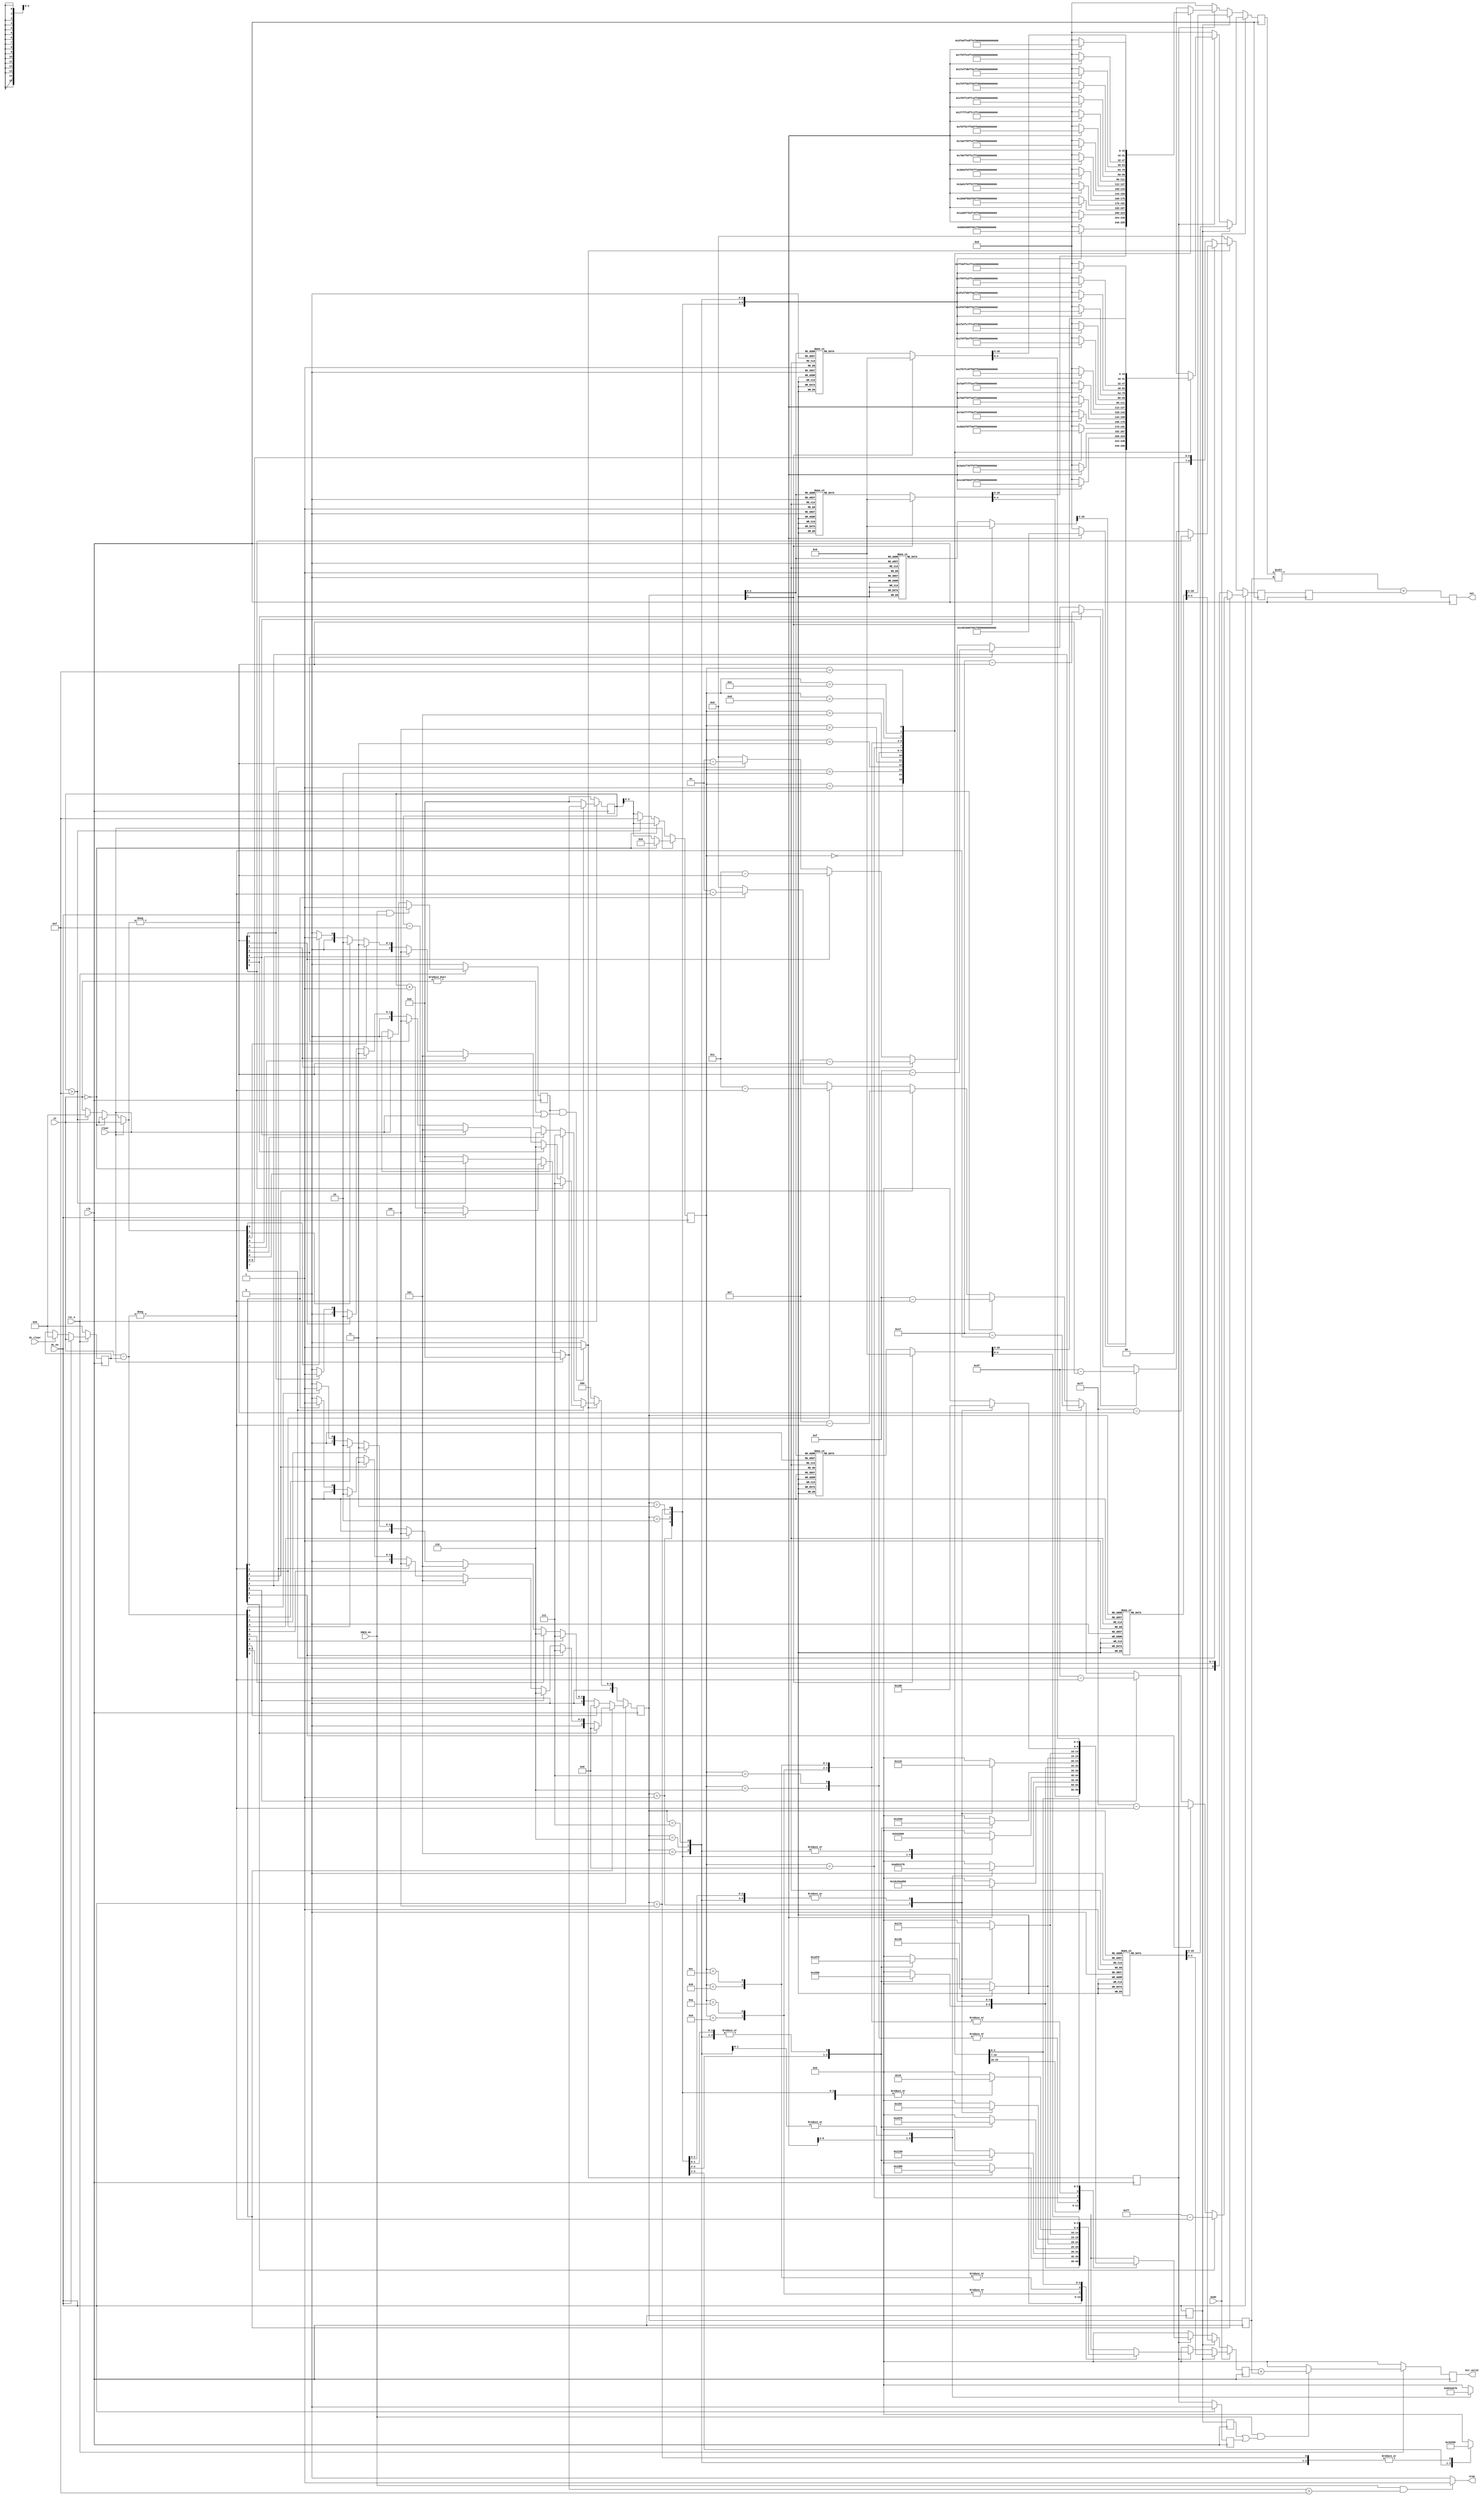
module encoder #(
parameter IN_WIDTH = 8
)
(
input clk,
input rst_n,
input dc_en,
input clear,
input mode,
input signed [IN_WIDTH-1:0] in,
input ENCO_en,
input dc_clear,
output reg [23-1:0] out,
output reg [4:0] bit_valid,
output reg stop
);

reg signed [IN_WIDTH-1:0] pre_dc, n_dc;
reg [5:0] ac_cnt, n_ac_cnt;
reg [3:0] ac_cnt_sel;
reg [3:0] ac_cnt_sel_d;
reg signed [IN_WIDTH-1:0] ac_value, ac_value_neg; //(ac_cnt, ac_value)
reg ac_en;
reg ac_valid, nac_valid;
reg ac_en_d, ac_en_d2, dc_en_d, dc_en_d2;
reg signed [IN_WIDTH+1-1:0] dc_diff, dc_diff_neg;
reg [4:0] len1, len1_d;
reg [3:0] len2, len2_d, len2_d2;
reg [15:0] code1, code1_d;
reg [8:0] code2, code2_d, code2_d2;

reg [23-1:0] out_nx;
reg [4:0] bit_valid_nx;

always @(posedge clk) begin
  code1_d <= code1;
  code2_d <= code2;
  code2_d2 <= code2_d;
  len1_d <= len1;
  len2_d <= len2;
  len2_d2 <= len2_d;
  ac_en_d  <= ac_en;
  ac_en_d2 <= ((dc_en) ? 0 : ac_en_d);
  dc_en_d <= dc_en;
  dc_en_d2 <= dc_en_d;
  out <= out_nx;
  ac_cnt_sel_d <= ac_cnt_sel;
end

always @(posedge clk) begin
  if(~rst_n) begin
    pre_dc    <= 0;
    ac_cnt    <= 0;
    bit_valid <= 0;
    ac_valid  <= 0;
  end
  else begin
    pre_dc    <= n_dc;
    ac_cnt    <= (ENCO_en) ? n_ac_cnt : 0;
    bit_valid <= bit_valid_nx;
    ac_valid  <= nac_valid;
  end
end

always @* 
begin
  if (ENCO_en && dc_en)
    nac_valid = 1;
  else if (clear)
    nac_valid = 0;
  else
    nac_valid = ac_valid;
end

always @(*) begin
  if(dc_en) begin
    n_dc = in;
  end 
  else if (dc_clear) begin
    n_dc = 0;
  end
  else begin
    n_dc = pre_dc;
  end
end

always @*
begin
  if (ENCO_en && n_ac_cnt > 15) begin
    stop = 1;
  end
  else begin
    stop = 0;
  end
end

always @*
begin
  if (ac_valid && (in != 0 || clear))
    ac_en = 1;
  else
    ac_en = 0;
end

/*always @*
begin
  if (ENCO_en) begin
    if (!dc_en && (in != 0 || clear)) begin
      ac_en = 1;
    end
    else begin
      ac_en = 0;
    end
  end
  else begin
    ac_en = 0;
  end
end*/

always @(*) begin
  if(clear) begin
    n_ac_cnt = 0;
    ac_value = in;
    if(in == 0) begin
      ac_cnt_sel = 0;
    end
    else begin
      ac_cnt_sel = ac_cnt[3:0];
    end
  end 
  else begin
    if(in == 0) begin
      ac_value = in;
      n_ac_cnt = (dc_en) ? 0 : ac_cnt + 1;
      ac_cnt_sel = ac_cnt[3:0];
    end
    else begin
      if(ac_cnt > 15) begin
        ac_value = 0;
        n_ac_cnt = ac_cnt - 15;
        ac_cnt_sel = 15;
      end
      else begin
        ac_value = in;
        n_ac_cnt = 0;
        ac_cnt_sel = ac_cnt[3:0];
      end
    end
  end
end

always @(*) begin
  dc_diff = in - pre_dc;
  dc_diff_neg = -dc_diff;
  ac_value_neg = -ac_value;

  if(dc_en) begin
    if(dc_diff[8]) begin
      if(dc_diff_neg[7]) begin
        len2 = 8;
        code2 = 255 - dc_diff_neg;
      end
      else if(dc_diff_neg[6]) begin
        len2 = 7;
        code2 = 127 - dc_diff_neg;
      end
      else if(dc_diff_neg[5]) begin 
        len2 = 6;
        code2 = 63 - dc_diff_neg;
      end
      else if(dc_diff_neg[4]) begin
        len2 = 5;
        code2 = 31 - dc_diff_neg;
      end
      else if(dc_diff_neg[3]) begin 
        len2 = 4;
        code2 = 15 - dc_diff_neg;
      end
      else if(dc_diff_neg[2]) begin 
        len2 = 3;
        code2 = 7 - dc_diff_neg;
      end
      else if(dc_diff_neg[1]) begin 
        len2 = 2;
        code2 = 3 - dc_diff_neg;
      end
      else if(dc_diff_neg[0]) begin
        len2 = 1;
        code2 = 1 - dc_diff_neg;
      end
      else begin
        len2 = 0;
        code2 = 0;
      end
    end
    else begin
      code2 = dc_diff;
      if(dc_diff[7]) len2 = 8;
      else if(dc_diff[6]) len2 = 7;
      else if(dc_diff[5]) len2 = 6;
      else if(dc_diff[4]) len2 = 5;
      else if(dc_diff[3]) len2 = 4;
      else if(dc_diff[2]) len2 = 3;
      else if(dc_diff[1]) len2 = 2;
      else if(dc_diff[0]) len2 = 1;
      else len2 = 0;
    end
  end
  else if(ac_en) begin
    if(ac_value[IN_WIDTH-1]) begin
      if(ac_value_neg[6]) begin
        len2 = 7;
        code2 = 127 - ac_value_neg;
      end
      else if(ac_value_neg[5]) begin 
        len2 = 6;
        code2 = 63 - ac_value_neg;
      end
      else if(ac_value_neg[4]) begin
        len2 = 5;
        code2 = 31 - ac_value_neg;
      end
      else if(ac_value_neg[3]) begin 
        len2 = 4;
        code2 = 15 - ac_value_neg;
      end
      else if(ac_value_neg[2]) begin 
        len2 = 3;
        code2 = 7 - ac_value_neg;
      end
      else if(ac_value_neg[1]) begin 
        len2 = 2;
        code2 = 3 - ac_value_neg;
      end
      else if(ac_value_neg[0]) begin
        len2 = 1;
        code2 = 1 - ac_value_neg;
      end
      else begin
        len2 = 0;
        code2 = 0;
      end
    end
    else begin
      code2 = ac_value;
      if(ac_value[6]) len2 = 7;
      else if(ac_value[5]) len2 = 6;
      else if(ac_value[4]) len2 = 5;
      else if(ac_value[3]) len2 = 4;
      else if(ac_value[2]) len2 = 3;
      else if(ac_value[1]) len2 = 2;
      else if(ac_value[0]) len2 = 1;
      else len2 = 0;
    end
  end
  else begin
    code2 = 0;
    len2 = 0;
  end

  if(mode) begin
    if(dc_en_d) begin
      case(len2_d)  // synopsys parallel_case
        4'd0: begin
          len1 = 2;
          code1 = 15'b000000000000000;
        end
        4'd1: begin
          len1 = 3;
          code1 = 15'b000000000000010;
        end
        4'd2: begin
          len1 = 3;
          code1 = 15'b000000000000011;
        end
        4'd3: begin
          len1 = 3;
          code1 = 15'b000000000000100;
        end
        4'd4: begin
          len1 = 3;
          code1 = 15'b000000000000101;
        end
        4'd5: begin
          len1 = 3;
          code1 = 15'b000000000000110;
        end
        4'd6: begin
          len1 = 4;
          code1 = 15'b000000000001110;
        end
        4'd7: begin
          len1 = 5;
          code1 = 15'b000000000011110;
        end
        4'd8: begin
          len1 = 6;
          code1 = 15'b000000000111110;
        end
        default: begin
          len1 = 0;
          code1 = 15'b000000000111111;
        end
      endcase
    end
    else if(ac_en_d) begin
      case(ac_cnt_sel_d)  // synopsys parallel_case
        0 : begin
          case(len2_d)
            0: begin
              len1 = 4;
              code1 = 16'b0000_0000_0000_1010;
            end
            1: begin
              len1 = 2;
              code1 = 16'b0000_0000_0000_0000;
            end
            2: begin
              len1 = 2;
              code1 = 16'b0000_0000_0000_0001;
            end
            3: begin
              len1 = 3;
              code1 = 16'b0000_0000_0000_0100;
            end
            4: begin
              len1 = 4;
              code1 = 16'b0000_0000_0000_1011;
            end
            5: begin
              len1 = 5;
              code1 = 16'b0000_0000_0001_1010;
            end
            6: begin
              len1 = 7;
              code1 = 16'b0000_0000_0111_1000;
            end
            7: begin
              len1 = 8;
              code1 = 16'b0000_0000_1111_1000;
            end
            default: begin
              len1 = 0;
              code1 = 0;
            end
          endcase
        end
        1 : begin
          case(len2_d)
            1: begin
              len1 = 4;
              code1 = 16'b0000_0000_0000_1100;
            end
            2: begin
              len1 = 5;
              code1 = 16'b0000_0000_0001_1011;
            end
            3: begin
              len1 = 7;
              code1 = 16'b0000_0000_0111_1001;
            end
            4: begin
              len1 = 9;
              code1 = 16'b0000_0001_1111_0110;
            end
            5: begin
              len1 = 11;
              code1 = 16'b0000_0111_1111_0110;
            end
            6: begin
              len1 = 16;
              code1 = 16'b1111_1111_1000_0100;
            end
            7: begin
              len1 = 16;
              code1 = 16'b1111_1111_1000_0101;
            end
            default: begin
              len1 = 0;
              code1 = 0;
            end
          endcase
        end
        2 : begin
          case(len2_d)
            1: begin
              len1 = 5;
              code1 = 16'b0000_0000_0001_1100;
            end
            2: begin
              len1 = 8;
              code1 = 16'b0000_0000_1111_1001;
            end
            3: begin
              len1 = 10;
              code1 = 16'b0000_0011_1111_0111;
            end
            4: begin
              len1 = 12;
              code1 = 16'b0000_1111_1111_0100;
            end
            5: begin
              len1 = 16;
              code1 = 16'b1111_1111_1000_1001;
            end
            6: begin
              len1 = 16;
              code1 = 16'b1111_1111_1000_1010;
            end
            7: begin
              len1 = 16;
              code1 = 16'b1111_1111_1000_1011;
            end
            default: begin
              len1 = 0;
              code1 = 0;
            end
          endcase
        end
        3 : begin
          case(len2_d)
            1: begin
              len1 = 6;
              code1 = 16'b0000_0000_0011_1010;
            end
            2: begin
              len1 = 9;
              code1 = 16'b0000_0001_1111_0111;
            end
            3: begin
              len1 = 12;
              code1 = 16'b0000_1111_1111_0101;
            end
            4: begin
              len1 = 16;
              code1 = 16'b1111_1111_1000_1111;
            end
            5: begin
              len1 = 16;
              code1 = 16'b1111_1111_1001_0000;
            end
            6: begin
              len1 = 16;
              code1 = 16'b1111_1111_1001_0001;
            end
            7: begin
              len1 = 16;
              code1 = 16'b1111_1111_1001_0010;
            end
            default: begin
              len1 = 0;
              code1 = 0;
            end
          endcase
        end
        4 : begin
          case(len2_d)
            1: begin
              len1 = 6;
              code1 = 16'b0000_0000_0011_1011;
            end
            2: begin
              len1 = 10;
              code1 = 16'b0000_0011_1111_1000;
            end
            3: begin
              len1 = 16;
              code1 = 16'b1111_1111_1001_0110;
            end
            4: begin
              len1 = 16;
              code1 = 16'b1111_1111_1001_0111;
            end
            5: begin
              len1 = 16;
              code1 = 16'b1111_1111_1001_1000;
            end
            6: begin
              len1 = 16;
              code1 = 16'b1111_1111_1001_1001;
            end
            7: begin
              len1 = 16;
              code1 = 16'b1111_1111_1001_1010;
            end
            default: begin
              len1 = 0;
              code1 = 0;
            end
          endcase
        end
        5 : begin
          case(len2_d)
            1: begin
              len1 = 7;
              code1 = 16'b0000_0000_0111_1010;
            end
            2: begin
              len1 = 11;
              code1 = 16'b0000_0111_1111_0111;
            end
            3: begin
              len1 = 16;
              code1 = 16'b1111_1111_1001_1110;
            end
            4: begin
              len1 = 16;
              code1 = 16'b1111_1111_1001_1111;
            end
            5: begin
              len1 = 16;
              code1 = 16'b1111_1111_1010_0000;
            end
            6: begin
              len1 = 16;
              code1 = 16'b1111_1111_1010_0001;
            end
            7: begin
              len1 = 16;
              code1 = 16'b1111_1111_1010_0010;
            end
            default: begin
              len1 = 0;
              code1 = 0;
            end
          endcase
        end
        6 : begin
          case(len2_d)
            1: begin
              len1 = 7;
              code1 = 16'b0000_0000_0111_1011;
            end
            2: begin
              len1 = 12;
              code1 = 16'b0000_1111_1111_0110;
            end
            3: begin
              len1 = 16;
              code1 = 16'b1111_1111_1010_0110;
            end
            4: begin
              len1 = 16;
              code1 = 16'b1111_1111_1010_0111;
            end
            5: begin
              len1 = 16;
              code1 = 16'b1111_1111_1010_1000;
            end
            6: begin
              len1 = 16;
              code1 = 16'b1111_1111_1010_1001;
            end
            7: begin
              len1 = 16;
              code1 = 16'b1111_1111_1010_1010;
            end
            default: begin
              len1 = 0;
              code1 = 0;
            end
          endcase
        end
        7 : begin
          case(len2_d)
            1: begin
              len1 = 8;
              code1 = 16'b0000_0000_1111_1010;
            end
            2: begin
              len1 = 12;
              code1 = 16'b0000_1111_1111_0111;
            end
            3: begin
              len1 = 16;
              code1 = 16'b1111_1111_1010_1110;
            end
            4: begin
              len1 = 16;
              code1 = 16'b1111_1111_1010_1111;
            end
            5: begin
              len1 = 16;
              code1 = 16'b1111_1111_1011_0000;
            end
            6: begin
              len1 = 16;
              code1 = 16'b1111_1111_1011_0001;
            end
            7: begin
              len1 = 16;
              code1 = 16'b1111_1111_1011_0010;
            end
            default: begin
              len1 = 0;
              code1 = 0;
            end
          endcase
        end
        8 : begin
          case(len2_d)
            1: begin
              len1 = 9;
              code1 = 16'b0000_0001_1111_1000;
            end
            2: begin
              len1 = 15;
              code1 = 16'b0111_1111_1100_0000;
            end
            3: begin
              len1 = 16;
              code1 = 16'b1111_1111_1011_0110;
            end
            4: begin
              len1 = 16;
              code1 = 16'b1111_1111_1011_0111;
            end
            5: begin
              len1 = 16;
              code1 = 16'b1111_1111_1011_1000;
            end
            6: begin
              len1 = 16;
              code1 = 16'b1111_1111_1011_1001;
            end
            7: begin
              len1 = 16;
              code1 = 16'b1111_1111_1011_1010;
            end
            default: begin
              len1 = 0;
              code1 = 0;
            end
          endcase
        end
        9 : begin
          case(len2_d)
            1: begin
              len1 = 9;
              code1 = 16'b0000_0001_1111_1001;
            end
            2: begin
              len1 = 16;
              code1 = 16'b1111_1111_1011_1110;
            end
            3: begin
              len1 = 16;
              code1 = 16'b1111_1111_1011_1111;
            end
            4: begin
              len1 = 16;
              code1 = 16'b1111_1111_1100_0000;
            end
            5: begin
              len1 = 16;
              code1 = 16'b1111_1111_1100_0001;
            end
            6: begin
              len1 = 16;
              code1 = 16'b1111_1111_1100_0010;
            end
            7: begin
              len1 = 16;
              code1 = 16'b1111_1111_1100_0011;
            end
            default: begin
              len1 = 0;
              code1 = 0;
            end
          endcase
        end
        10: begin
          case(len2_d)
            1: begin
              len1 = 9;
              code1 = 16'b0000_0001_1111_1010;
            end
            2: begin
              len1 = 16;
              code1 = 16'b1111_1111_1100_0111;
            end
            3: begin
              len1 = 16;
              code1 = 16'b1111_1111_1100_1000;
            end
            4: begin
              len1 = 16;
              code1 = 16'b1111_1111_1100_1001;
            end
            5: begin
              len1 = 16;
              code1 = 16'b1111_1111_1100_1010;
            end
            6: begin
              len1 = 16;
              code1 = 16'b1111_1111_1100_1011;
            end
            7: begin
              len1 = 16;
              code1 = 16'b1111_1111_1100_1100;
            end
            default: begin
              len1 = 0;
              code1 = 0;
            end
          endcase
        end
        11: begin
          case(len2_d)
            1: begin
              len1 = 10;
              code1 = 16'b0000_0011_1111_1001;
            end
            2: begin
              len1 = 16;
              code1 = 16'b1111_1111_1101_0000;
            end
            3: begin
              len1 = 16;
              code1 = 16'b1111_1111_1101_0001;
            end
            4: begin
              len1 = 16;
              code1 = 16'b1111_1111_1101_0010;
            end
            5: begin
              len1 = 16;
              code1 = 16'b1111_1111_1101_0011;
            end
            6: begin
              len1 = 16;
              code1 = 16'b1111_1111_1101_0100;
            end
            7: begin
              len1 = 16;
              code1 = 16'b1111_1111_1101_0101;
            end
            default: begin
              len1 = 0;
              code1 = 0;
            end
          endcase
        end
        12: begin
          case(len2_d)
            1: begin
              len1 = 10;
              code1 = 16'b0000_0011_1111_1010;
            end
            2: begin
              len1 = 16;
              code1 = 16'b1111_1111_1101_1001;
            end
            3: begin
              len1 = 16;
              code1 = 16'b1111_1111_1101_1010;
            end
            4: begin
              len1 = 16;
              code1 = 16'b1111_1111_1101_1011;
            end
            5: begin
              len1 = 16;
              code1 = 16'b1111_1111_1101_1100;
            end
            6: begin
              len1 = 16;
              code1 = 16'b1111_1111_1101_1101;
            end
            7: begin
              len1 = 16;
              code1 = 16'b1111_1111_1101_1110;
            end
            default: begin
              len1 = 0;
              code1 = 0;
            end
          endcase
        end
        13: begin
          case(len2_d)
            1: begin
              len1 = 11;
              code1 = 16'b0000_0111_1111_1000;
            end
            2: begin
              len1 = 16;
              code1 = 16'b1111_1111_1110_0010;
            end
            3: begin
              len1 = 16;
              code1 = 16'b1111_1111_1110_0011;
            end
            4: begin
              len1 = 16;
              code1 = 16'b1111_1111_1110_0100;
            end
            5: begin
              len1 = 16;
              code1 = 16'b1111_1111_1110_0101;
            end
            6: begin
              len1 = 16;
              code1 = 16'b1111_1111_1110_0110;
            end
            7: begin
              len1 = 16;
              code1 = 16'b1111_1111_1110_0111;
            end
            default: begin
              len1 = 0;
              code1 = 0;
            end
          endcase
        end
        14: begin
          case(len2_d)
            1: begin
              len1 = 16;
              code1 = 16'b1111_1111_1110_1011;
            end
            2: begin
              len1 = 16;
              code1 = 16'b1111_1111_1110_1100;
            end
            3: begin
              len1 = 16;
              code1 = 16'b1111_1111_1110_1101;
            end
            4: begin
              len1 = 16;
              code1 = 16'b1111_1111_1110_1110;
            end
            5: begin
              len1 = 16;
              code1 = 16'b1111_1111_1110_1111;
            end
            6: begin
              len1 = 16;
              code1 = 16'b1111_1111_1111_0000;
            end
            7: begin
              len1 = 16;
              code1 = 16'b1111_1111_1111_0001;
            end
            default: begin
              len1 = 0;
              code1 = 0;
            end
          endcase
        end
        15: begin
          case(len2_d)
            0: begin
              len1 = 11; 
              code1 = 16'b0000_0111_1111_1001;
            end
            1: begin
              len1 = 16;
              code1 = 16'b1111_1111_1111_0101;
            end
            2: begin
              len1 = 16;
              code1 = 16'b1111_1111_1111_0110;
            end
            3: begin
              len1 = 16;
              code1 = 16'b1111_1111_1111_0111;
            end
            4: begin
              len1 = 16;
              code1 = 16'b1111_1111_1111_1000;
            end
            5: begin
              len1 = 16;
              code1 = 16'b1111_1111_1111_1001;
            end
            6: begin
              len1 = 16;
              code1 = 16'b1111_1111_1111_1010;
            end
            7: begin
              len1 = 16;
              code1 = 16'b1111_1111_1111_1011;
            end
            default: begin
              len1 = 0;
              code1 = 0;
            end
          endcase
        end
        default: begin
          len1 = 0;
          code1 = 0;
        end
      endcase
    end
    else begin
      len1 = 0;
      code1 = 0;
    end
  end
  else begin
    if(dc_en_d) begin
      case(len2_d)  // synopsys parallel_case
        4'd0: begin
          len1 = 2;
          code1 = 15'b000000000000000;
        end
        4'd1: begin
          len1 = 2;
          code1 = 15'b000000000000001;
        end
        4'd2: begin
          len1 = 2;
          code1 = 15'b000000000000010;
        end
        4'd3: begin
          len1 = 3;
          code1 = 15'b000000000000110;
        end
        4'd4: begin
          len1 = 4;
          code1 = 15'b000000000001110;
        end
        4'd5: begin
          len1 = 5;
          code1 = 15'b000000000011110;
        end
        4'd6: begin
          len1 = 6;
          code1 = 15'b000000000111110;
        end
        4'd7: begin
          len1 = 7;
          code1 = 15'b000000001111110;
        end
        4'd8: begin
          len1 = 8;
          code1 = 15'b000000011111110;
        end
        default: begin
          len1 = 0;
          code1 = 15'b000000011111111;
        end
      endcase
    end
    else if(ac_en_d) begin
      case(ac_cnt_sel_d)  // synopsys parallel_case
        0 : begin
          case(len2_d)
            0: begin
              len1 = 2;
              code1 = 16'b0000_0000_0000_0000;
            end
            1: begin
              len1 = 2;
              code1 = 16'b0000_0000_0000_0001;
            end
            2: begin
              len1 = 3;
              code1 = 16'b0000_0000_0000_0100;
            end
            3: begin
              len1 = 4;
              code1 = 16'b0000_0000_0000_1010;
            end
            4: begin
              len1 = 5;
              code1 = 16'b0000_0000_0001_1000;
            end
            5: begin
              len1 = 5;
              code1 = 16'b0000_0000_0001_1001;
            end
            6: begin
              len1 = 6;
              code1 = 16'b0000_0000_0011_1000;
            end
            7: begin
              len1 = 7;
              code1 = 16'b0000_0000_0111_1000;
            end
            default: begin
              len1 = 0;
              code1 = 0;
            end
          endcase
        end
        1 : begin
          case(len2_d)
            1: begin
              len1 = 4;
              code1 = 16'b0000_0000_0000_1011;
            end
            2: begin
              len1 = 6;
              code1 = 16'b0000_0000_0011_1001;
            end
            3: begin
              len1 = 8;
              code1 = 16'b0000_0000_1111_0110;
            end
            4: begin
              len1 = 9;
              code1 = 16'b0000_0001_1111_0101;
            end
            5: begin
              len1 = 11;
              code1 = 16'b0000_0111_1111_0110;
            end
            6: begin
              len1 = 12;
              code1 = 16'b0000_1111_1111_0101;
            end
            7: begin
              len1 = 16;
              code1 = 16'b1111_1111_1000_1000;
            end
            default: begin
              len1 = 0;
              code1 = 0;
            end
          endcase
        end
        2 : begin
          case(len2_d)
            1: begin
              len1 = 5;
              code1 = 16'b0000_0000_0001_1010;
            end
            2: begin
              len1 = 8;
              code1 = 16'b0000_0000_1111_0111;
            end
            3: begin
              len1 = 10;
              code1 = 16'b0000_0011_1111_0111;
            end
            4: begin
              len1 = 12;
              code1 = 16'b0000_1111_1111_0110;
            end
            5: begin
              len1 = 15;
              code1 = 16'b0111_1111_1000_0010;
            end
            6: begin
              len1 = 16;
              code1 = 16'b1111_1111_1000_1100;
            end
            7: begin
              len1 = 16;
              code1 = 16'b1111_1111_1000_1101;
            end
            default: begin
              len1 = 0;
              code1 = 0;
            end
          endcase
        end
        3 : begin
          case(len2_d)
            1: begin
              len1 = 5;
              code1 = 16'b0000_0000_0001_1011;
            end
            2: begin
              len1 = 8;
              code1 = 16'b0000_0000_1111_1000;
            end
            3: begin
              len1 = 10;
              code1 = 16'b0000_0011_1111_1000;
            end
            4: begin
              len1 = 12;
              code1 = 16'b0000_1111_1111_0111;
            end
            5: begin
              len1 = 16;
              code1 = 16'b1111_1111_1001_0001;
            end
            6: begin
              len1 = 16;
              code1 = 16'b1111_1111_1001_0010;
            end
            7: begin
              len1 = 16;
              code1 = 16'b1111_1111_1001_0011;
            end
            default: begin
              len1 = 0;
              code1 = 0;
            end
          endcase
        end
        4 : begin
          case(len2_d)
            1: begin
              len1 = 6;
              code1 = 16'b0000_0000_0011_1010;
            end
            2: begin
              len1 = 9;
              code1 = 16'b0000_0001_1111_0110;
            end
            3: begin
              len1 = 16;
              code1 = 16'b1111_1111_1001_0111;
            end
            4: begin
              len1 = 16;
              code1 = 16'b1111_1111_1001_1000;
            end
            5: begin
              len1 = 16;
              code1 = 16'b1111_1111_1001_1001;
            end
            6: begin
              len1 = 16;
              code1 = 16'b1111_1111_1001_1010;
            end
            7: begin
              len1 = 16;
              code1 = 16'b1111_1111_1001_1011;
            end
            default: begin
              len1 = 0;
              code1 = 0;
            end
          endcase
        end
        5 : begin
          case(len2_d)
            1: begin
              len1 = 6;
              code1 = 16'b0000_0000_0011_1011;
            end
            2: begin
              len1 = 10;
              code1 = 16'b0000_0011_1111_1001;
            end
            3: begin
              len1 = 16;
              code1 = 16'b1111_1111_1001_1111;
            end
            4: begin
              len1 = 16;
              code1 = 16'b1111_1111_1010_0000;
            end
            5: begin
              len1 = 16;
              code1 = 16'b1111_1111_1010_0001;
            end
            6: begin
              len1 = 16;
              code1 = 16'b1111_1111_1010_0010;
            end
            7: begin
              len1 = 16;
              code1 = 16'b1111_1111_1010_0011;
            end
            default: begin
              len1 = 0;
              code1 = 0;
            end
          endcase
        end
        6 : begin
          case(len2_d)
            1: begin
              len1 = 7;
              code1 = 16'b0000_0000_0111_1001;
            end
            2: begin
              len1 = 11;
              code1 = 16'b0000_0111_1111_1011;
            end
            3: begin
              len1 = 16;
              code1 = 16'b1111_1111_1010_0111;
            end
            4: begin
              len1 = 16;
              code1 = 16'b1111_1111_1010_1000;
            end
            5: begin
              len1 = 16;
              code1 = 16'b1111_1111_1010_1001;
            end
            6: begin
              len1 = 16;
              code1 = 16'b1111_1111_1010_1010;
            end
            7: begin
              len1 = 16;
              code1 = 16'b1111_1111_1010_1011;
            end
            default: begin
              len1 = 0;
              code1 = 0;
            end
          endcase
        end
        7 : begin
          case(len2_d)
            1: begin
              len1 = 7;
              code1 = 16'b0000_0000_0111_1010;
            end
            2: begin
              len1 = 11;
              code1 = 16'b0000_0111_1111_1000;
            end
            3: begin
              len1 = 16;
              code1 = 16'b1111_1111_1010_1111;
            end
            4: begin
              len1 = 16;
              code1 = 16'b1111_1111_1011_0000;
            end
            5: begin
              len1 = 16;
              code1 = 16'b1111_1111_1011_0001;
            end
            6: begin
              len1 = 16;
              code1 = 16'b1111_1111_1011_0010;
            end
            7: begin
              len1 = 16;
              code1 = 16'b1111_1111_1011_0011;
            end
            default: begin
              len1 = 0;
              code1 = 0;
            end
          endcase
        end
        8 : begin
          case(len2_d)
            1: begin
              len1 = 8;
              code1 = 16'b0000_0000_1111_1001;
            end
            2: begin
              len1 = 16;
              code1 = 16'b1111_1111_1011_0111;
            end
            3: begin
              len1 = 16;
              code1 = 16'b1111_1111_1011_1000;
            end
            4: begin
              len1 = 16;
              code1 = 16'b1111_1111_1011_1001;
            end
            5: begin
              len1 = 16;
              code1 = 16'b1111_1111_1011_1010;
            end
            6: begin
              len1 = 16;
              code1 = 16'b1111_1111_1011_1011;
            end
            7: begin
              len1 = 16;
              code1 = 16'b1111_1111_1011_1100;
            end
            default: begin
              len1 = 0;
              code1 = 0;
            end
          endcase
        end
        9 : begin
          case(len2_d)
            1: begin
              len1 = 9;
              code1 = 16'b0000_0001_1111_0111;
            end
            2: begin
              len1 = 16;
              code1 = 16'b1111_1111_1100_0000;
            end
            3: begin
              len1 = 16;
              code1 = 16'b1111_1111_1100_0001;
            end
            4: begin
              len1 = 16;
              code1 = 16'b1111_1111_1100_0010;
            end
            5: begin
              len1 = 16;
              code1 = 16'b1111_1111_1100_0011;
            end
            6: begin
              len1 = 16;
              code1 = 16'b1111_1111_1100_0100;
            end
            7: begin
              len1 = 16;
              code1 = 16'b1111_1111_1100_0101;
            end
            default: begin
              len1 = 0;
              code1 = 0;
            end
          endcase
        end
        10: begin
          case(len2_d)
            1: begin
              len1 = 9;
              code1 = 16'b0000_0001_1111_1000;
            end
            2: begin
              len1 = 16;
              code1 = 16'b1111_1111_1100_1001;
            end
            3: begin
              len1 = 16;
              code1 = 16'b1111_1111_1100_1010;
            end
            4: begin
              len1 = 16;
              code1 = 16'b1111_1111_1100_1011;
            end
            5: begin
              len1 = 16;
              code1 = 16'b1111_1111_1100_1100;
            end
            6: begin
              len1 = 16;
              code1 = 16'b1111_1111_1100_1101;
            end
            7: begin
              len1 = 16;
              code1 = 16'b1111_1111_1100_1110;
            end
            default: begin
              len1 = 0;
              code1 = 0;
            end
          endcase
        end
        11: begin
          case(len2_d)
            1: begin
              len1 = 9;
              code1 = 16'b0000_0001_1111_1001;
            end
            2: begin
              len1 = 16;
              code1 = 16'b1111_1111_1101_0010;
            end
            3: begin
              len1 = 16;
              code1 = 16'b1111_1111_1101_0011;
            end
            4: begin
              len1 = 16;
              code1 = 16'b1111_1111_1101_0100;
            end
            5: begin
              len1 = 16;
              code1 = 16'b1111_1111_1101_0101;
            end
            6: begin
              len1 = 16;
              code1 = 16'b1111_1111_1101_0110;
            end
            7: begin
              len1 = 16;
              code1 = 16'b1111_1111_1101_0111;
            end
            default: begin
              len1 = 0;
              code1 = 0;
            end
          endcase
        end
        12: begin
          case(len2_d)
            1: begin
              len1 = 9;
              code1 = 16'b0000_0001_1111_1010;
            end
            2: begin
              len1 = 16;
              code1 = 16'b1111_1111_1101_1011;
            end
            3: begin
              len1 = 16;
              code1 = 16'b1111_1111_1101_1100;
            end
            4: begin
              len1 = 16;
              code1 = 16'b1111_1111_1101_1101;
            end
            5: begin
              len1 = 16;
              code1 = 16'b1111_1111_1101_1110;
            end
            6: begin
              len1 = 16;
              code1 = 16'b1111_1111_1101_1111;
            end
            7: begin
              len1 = 16;
              code1 = 16'b1111_1111_1110_0000;
            end
            default: begin
              len1 = 0;
              code1 = 0;
            end
          endcase
        end
        13: begin
          case(len2_d)
            1: begin
              len1 = 11;
              code1 = 16'b0000_0111_1111_1001;
            end
            2: begin
              len1 = 16;
              code1 = 16'b1111_1111_1110_0100;
            end
            3: begin
              len1 = 16;
              code1 = 16'b1111_1111_1110_0101;
            end
            4: begin
              len1 = 16;
              code1 = 16'b1111_1111_1110_0110;
            end
            5: begin
              len1 = 16;
              code1 = 16'b1111_1111_1110_0111;
            end
            6: begin
              len1 = 16;
              code1 = 16'b1111_1111_1110_1000;
            end
            7: begin
              len1 = 16;
              code1 = 16'b1111_1111_1110_1001;
            end
            default: begin
              len1 = 0;
              code1 = 0;
            end
          endcase
        end
        14: begin
          case(len2_d)
            1: begin
              len1 = 14;
              code1 = 16'b0011_1111_1110_0000;
            end
            2: begin
              len1 = 16;
              code1 = 16'b1111_1111_1110_1101;
            end
            3: begin
              len1 = 16;
              code1 = 16'b1111_1111_1110_1110;
            end
            4: begin
              len1 = 16;
              code1 = 16'b1111_1111_1110_1111;
            end
            5: begin
              len1 = 16;
              code1 = 16'b1111_1111_1111_0000;
            end
            6: begin
              len1 = 16;
              code1 = 16'b1111_1111_1111_0001;
            end
            7: begin
              len1 = 16;
              code1 = 16'b1111_1111_1111_0010;
            end
            default: begin
              len1 = 0;
              code1 = 0;
            end
          endcase
        end
        15: begin
          case(len2_d)
            0: begin
              len1 = 10; 
              code1 = 16'b0000_0011_1111_1010;
            end
            1: begin
              len1 = 15;
              code1 = 16'b0111_1111_1100_0011;
            end
            2: begin
              len1 = 16;
              code1 = 16'b1111_1111_1111_0110;
            end
            3: begin
              len1 = 16;
              code1 = 16'b1111_1111_1111_0111;
            end
            4: begin
              len1 = 16;
              code1 = 16'b1111_1111_1111_1000;
            end
            5: begin
              len1 = 16;
              code1 = 16'b1111_1111_1111_1001;
            end
            6: begin
              len1 = 16;
              code1 = 16'b1111_1111_1111_1010;
            end
            7: begin
              len1 = 16;
              code1 = 16'b1111_1111_1111_1011;
            end
            default: begin
              len1 = 0;
              code1 = 0;
            end
          endcase
        end
        default: begin
          len1 = 0;
          code1 = 0;
        end
      endcase
    end
    else begin
      len1 = 0;
      code1 = 0;
    end
  end

  out_nx = (code1_d <<< len2_d2) + code2_d2;
  if (ENCO_en && (dc_en_d2 || ac_en_d2)) bit_valid_nx = len1_d + len2_d2;
  else bit_valid_nx = 0;
end
endmodule